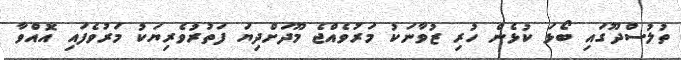
ތުލުސްދޫގައި ބޯޅަ ކުޅެން ހުރި ޒުވާނަކު މަރުވެއްޖެ މޫދަށްދިޔަ ފަތުރުވެރިޔަކު މަރުވެފައި އޮއްވާ